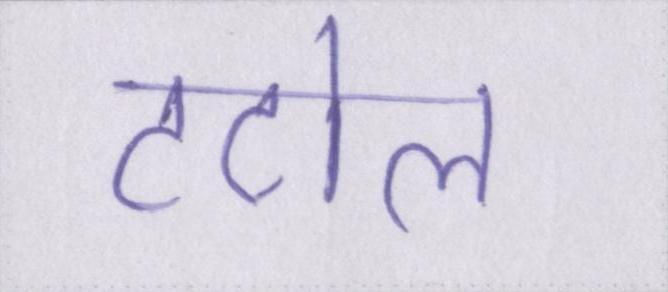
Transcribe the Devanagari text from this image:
टटोल